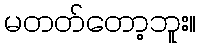
မတတ်တော့ဘူး။